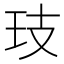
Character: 𭸷